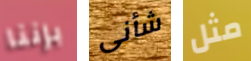
بإننا شأنى مثل